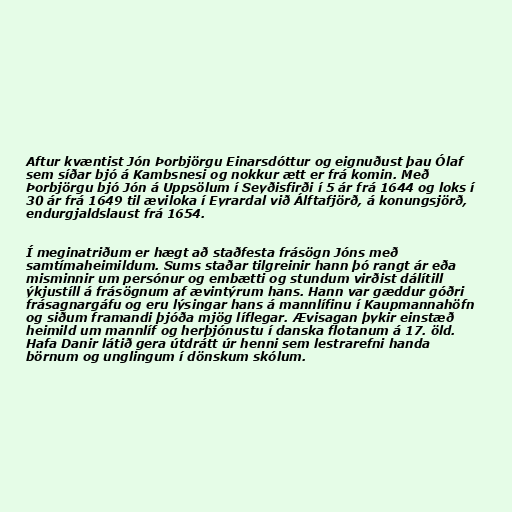
Aftur kvæntist Jón Þorbjörgu Einarsdóttur og eignuðust þau Ólaf
sem síðar bjó á Kambsnesi og nokkur ætt er frá komin. Með
Þorbjörgu bjó Jón á Uppsölum í Seyðisfirði í 5 ár frá 1644 og loks í
30 ár frá 1649 til æviloka í Eyrardal við Álftafjörð, á konungsjörð,
endurgjaldslaust frá 1654.

Í meginatriðum er hægt að staðfesta frásögn Jóns með
samtímaheimildum. Sums staðar tilgreinir hann þó rangt ár eða
misminnir um persónur og embætti og stundum virðist dálítill
ýkjustíll á frásögnum af ævintýrum hans. Hann var gæddur góðri
frásagnargáfu og eru lýsingar hans á mannlífinu í Kaupmannahöfn
og siðum framandi þjóða mjög líflegar. Ævisagan þykir einstæð
heimild um mannlíf og herþjónustu í danska flotanum á 17. öld.
Hafa Danir látið gera útdrátt úr henni sem lestrarefni handa
börnum og unglingum í dönskum skólum.